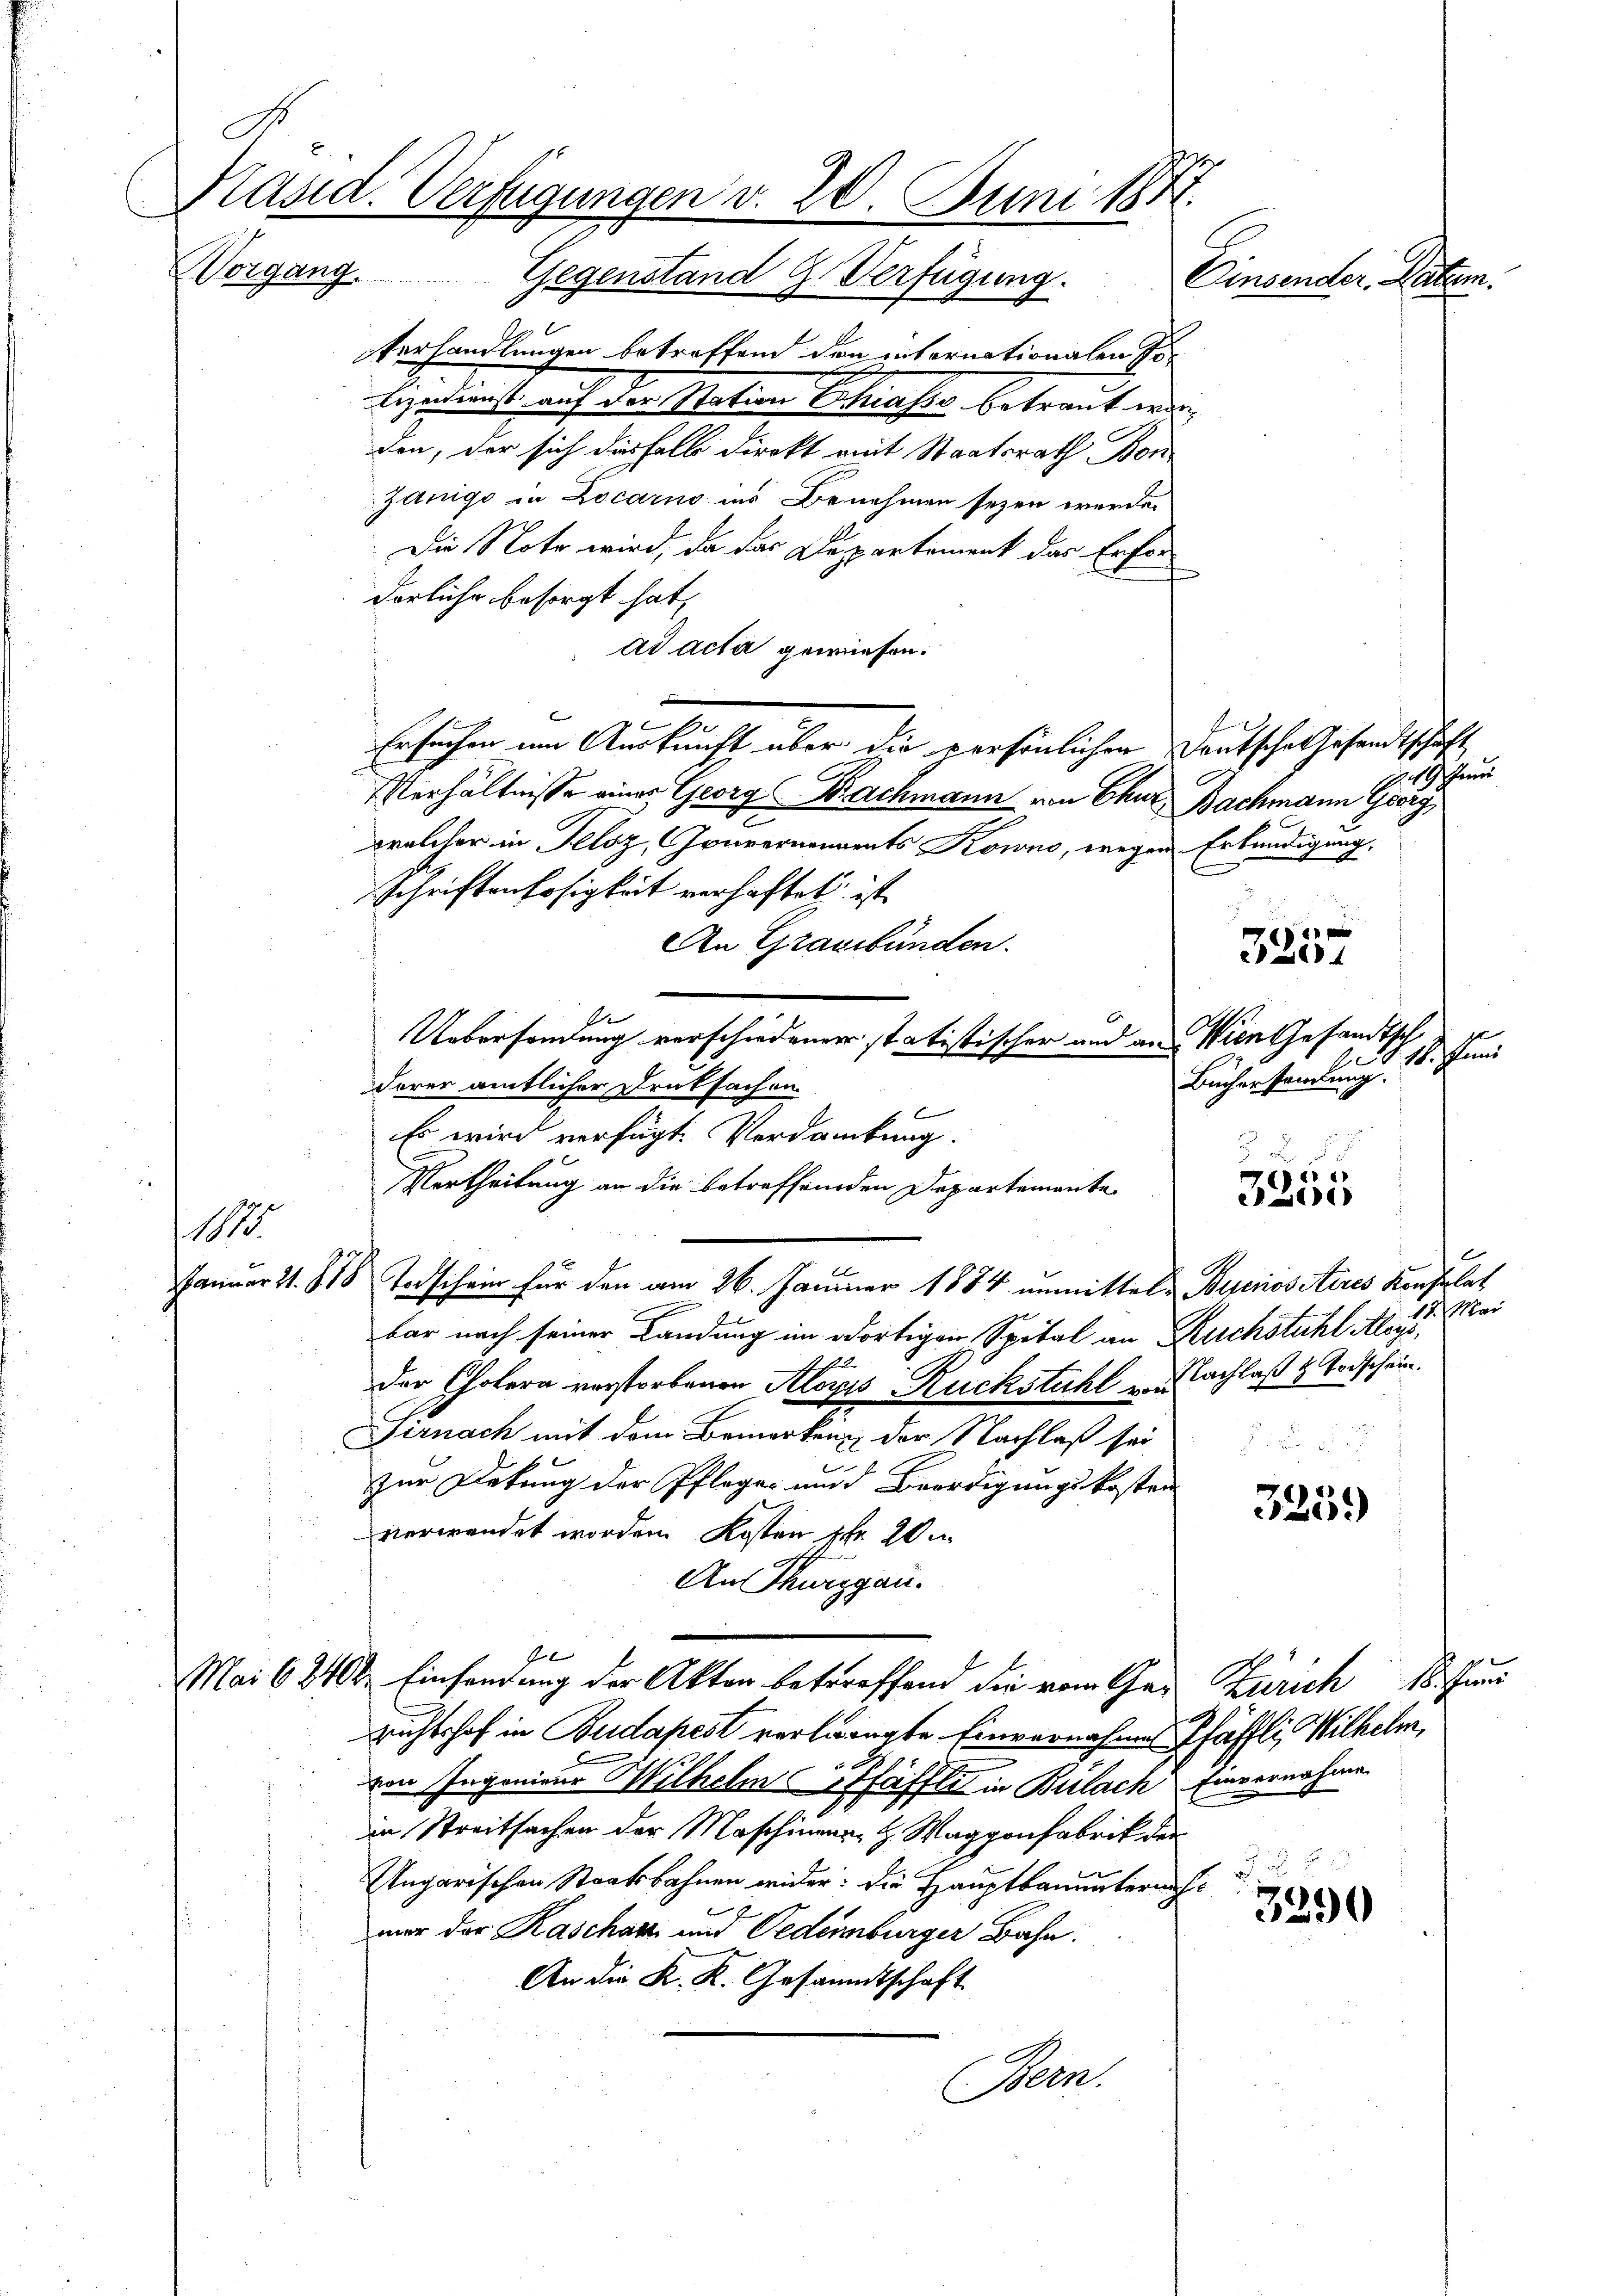
s
Präsid. Verfügungen v. 20. Juni 1871.
Vorgang.
Gegenstand G. Verfügung.
Einsender. Datum.

A
Verhandlungen betreffend den internationalen so
lizeidienst auf der Station Chiasso betraut worden, der sich dieshalb direkt mit Staatsrath Bon
Zanigo in Locarno ins Benehmen seyen werde.
Die Note wird, da das Departement das Erfor¬
Dorfuhr besorgt hat,
ad acta gewiesen.
Ersuchen im Auskunft über die persönlichen Deutsche Gesandtschaft,
Verhältnisse einer Georg Bachmann von Chur Bachmann Gry
welcher in Felsz, Gouvernennents Kowno, wegen Erkundigung.
Schriftenlosigkeit verhaftet ist
An Graubünden.
t
Uebersandung verschiedener statistischer und an Wien Gesandtsch
derer amtlicher Druksachen.
C
Es wird verfügt. Verdankung.
Uertheilung an die betreffenden Departemente
Januar 21. 818 Todschein für den am 26. Januar 1884 unmittels Burios iteres Konsulat
bar nach seiner Landung im dortigen Spital an Ruchstuhl Aloys,
Der Cholera verstorbenen Alois Rückstuhl u. Nachlaß 4 Todschein.
Sirnach mit dem Bemerken der Nachlaß sei
u
zur Dekung der Pfleger und Beerdigungskosten
verwendet worden. Kosten sehr 20
An Thurgau.
Je
Mai 62402. Einsendung der Akten betreffend die vom Gei Zürich 18. Juni
richtshof in Budapest verlangte Einvernahmes Pfäffli, Wilhelm,
von Ingenieur Wilhelms Pfäffl in Bülach Einvernahme
in Streitsachen der Maschinen H. Waggonfabrik der
Ungarischen Staatsbahnen wider: die Hauptbauunterauf
mar der Kascharz und Oedenburger Bahn:
An die K. K. Gesammtschaft
Bern.

11

e
Alt

5 x

249 Juni

17. Mai

3.

Büchersamlung.

e
)

325.

3290

1918. Juni